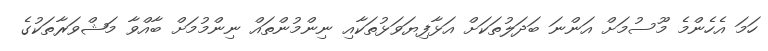
ހަމަ އެހެންމެ މޫސުމަށް އަންނަ ބަދަލުތަކަށް އަޅާފިޔަވަޅުތަކާއި ނިންމުންތައް ނިންމުމަށް ބާއްވާ މަޝްވަރާތަކުގެ